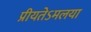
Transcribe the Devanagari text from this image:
प्रीयतेऽमलया